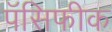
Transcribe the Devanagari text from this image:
पॅसिफीक